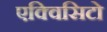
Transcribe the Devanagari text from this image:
एक्विसिटो